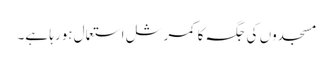
مسجدوں کی جگہ کا کمرشل استعمال ہورہا ہے۔